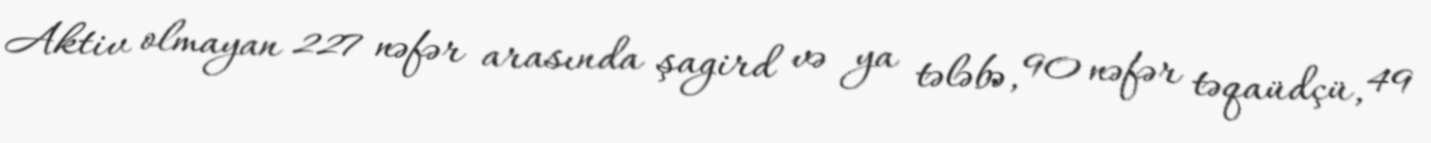
Aktiv olmayan 227 nəfər arasında şagird və ya tələbə, 90 nəfər təqaüdçü, 49